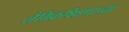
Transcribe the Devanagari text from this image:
लैंगिकषिक्षणाच्या